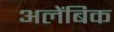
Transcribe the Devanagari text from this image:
अलेंबिक